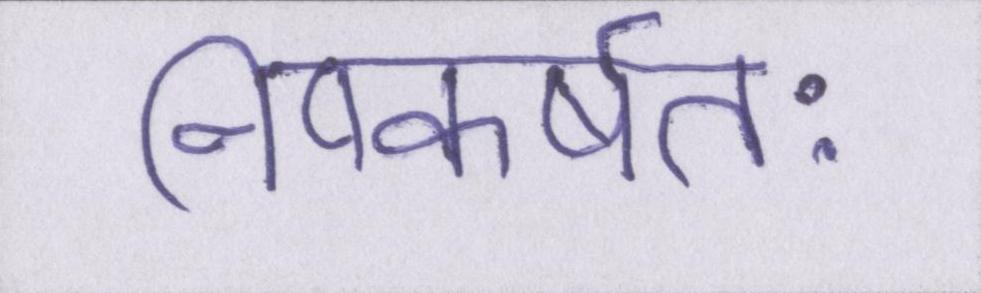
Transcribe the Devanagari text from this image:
निष्कर्षतः